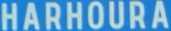
HARHOURA